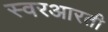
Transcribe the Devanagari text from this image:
स्वरआरती